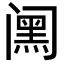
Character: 𮤸